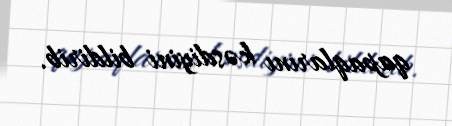
qapaqlarını kəsdiyini bildirib.